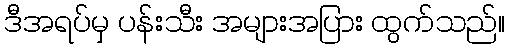
ဒီအရပ်မှ ပန်းသီး အများအပြား ထွက်သည်။